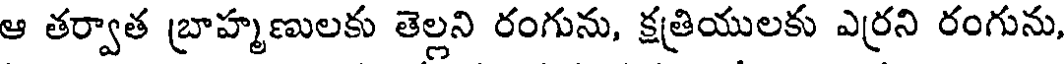
ఆ తర్వాత బ్రాహ్మణులకు తెల్లని రంగును, క్షత్రియులకు ఎర్రని రంగును,